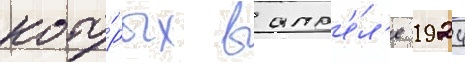
кото́рых в апр'е́л'е 1924